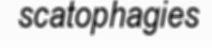
scatophagies